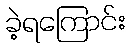
ခဲ့ရကြောင်း